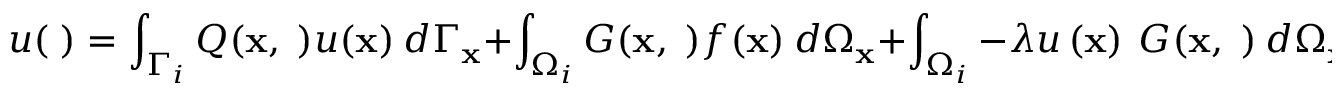
u ( { \mathbf \xi } ) = \int _ { \Gamma _ { i } } Q ( \mathbf { x } , { \mathbf \xi } ) u ( \mathbf { x } ) \ d \Gamma _ { \mathbf { x } } + \int _ { \Omega _ { i } } G ( \mathbf { x } , { \mathbf \xi } ) f ( \mathbf { x } ) \ d \Omega _ { \mathbf { x } } + \int _ { \Omega _ { i } } - \lambda u \left( \mathbf { x } \right) \ G ( \mathbf { x } , { \mathbf \xi } ) \ d \Omega _ { \mathbf { x } } ,